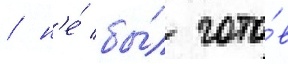
/ н'е́ бы́л гото́в